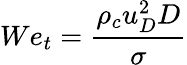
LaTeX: We_{t}=\frac{\rho_{c}u_{D}^{2}D}{\sigma}